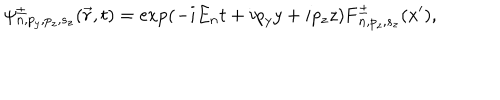
\psi _ { n , p _ { y } , p _ { z } , s _ { z } } ^ { \pm } ( \vec { r } , t ) = \exp ( - i E _ { n } t + i p _ { y } y + i p _ { z } z ) { \bf F } _ { n , p _ { z } , s _ { z } } ^ { \pm } ( x ^ { \prime } ) ,